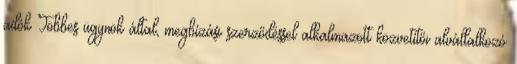
adók Többes ügynök által, megbízási szerződéssel alkalmazott közvetítői alvállalkozó